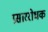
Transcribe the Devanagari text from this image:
प्रसाररोधक